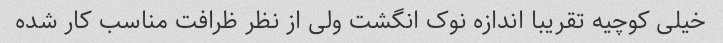
خیلی کوچیه تقریبا اندازه نوک انگشت ولی از نظر ظرافت مناسب کار شده